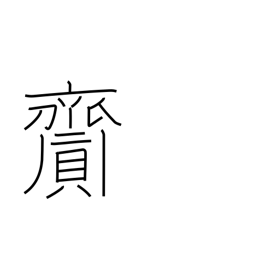
Meaning: bring about